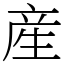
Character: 産